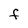
Character: f